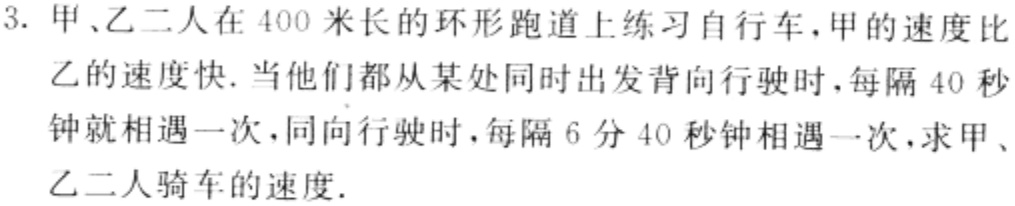
3. 甲、乙二人在 400 米长的环形跑道上练习自行车，甲的速度比
乙的速度快. 当他们都从某处同时出发背向行驶时，每隔 40 秒
钟就相遇一次，同向行驶时，每隔 6 分 40 秒钟相遇一次，求甲、
乙二人骑车的速度.